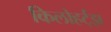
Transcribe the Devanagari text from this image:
किलोहर्ट्‌झ